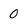
Character: 0